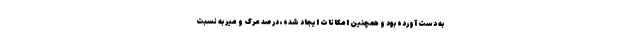
به دست آورده بود و همچنین امکانات ایجاد شده، درصد مرگ و میر به نسبت